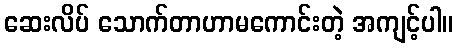
ဆေးလိပ် သောက်တာဟာမကောင်းတဲ့ အကျင့်ပါ။